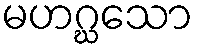
မဟဂ္ဃသော